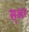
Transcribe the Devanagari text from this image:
स्अर